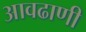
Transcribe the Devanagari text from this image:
आवढाणी